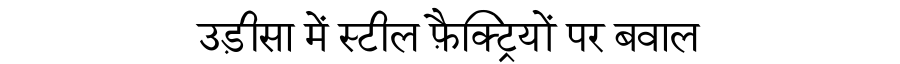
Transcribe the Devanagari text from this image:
उड़ीसा में स्टील फ़ैक्ट्रियों पर बवाल